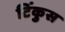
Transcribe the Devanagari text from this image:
टिंकुस